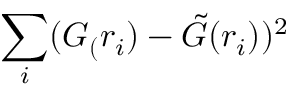
\sum _ { i } ( G _ { ( } r _ { i } ) - \Tilde { G } ( r _ { i } ) ) ^ { 2 }